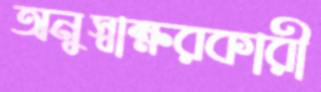
অনুস্বাক্ষরকারী